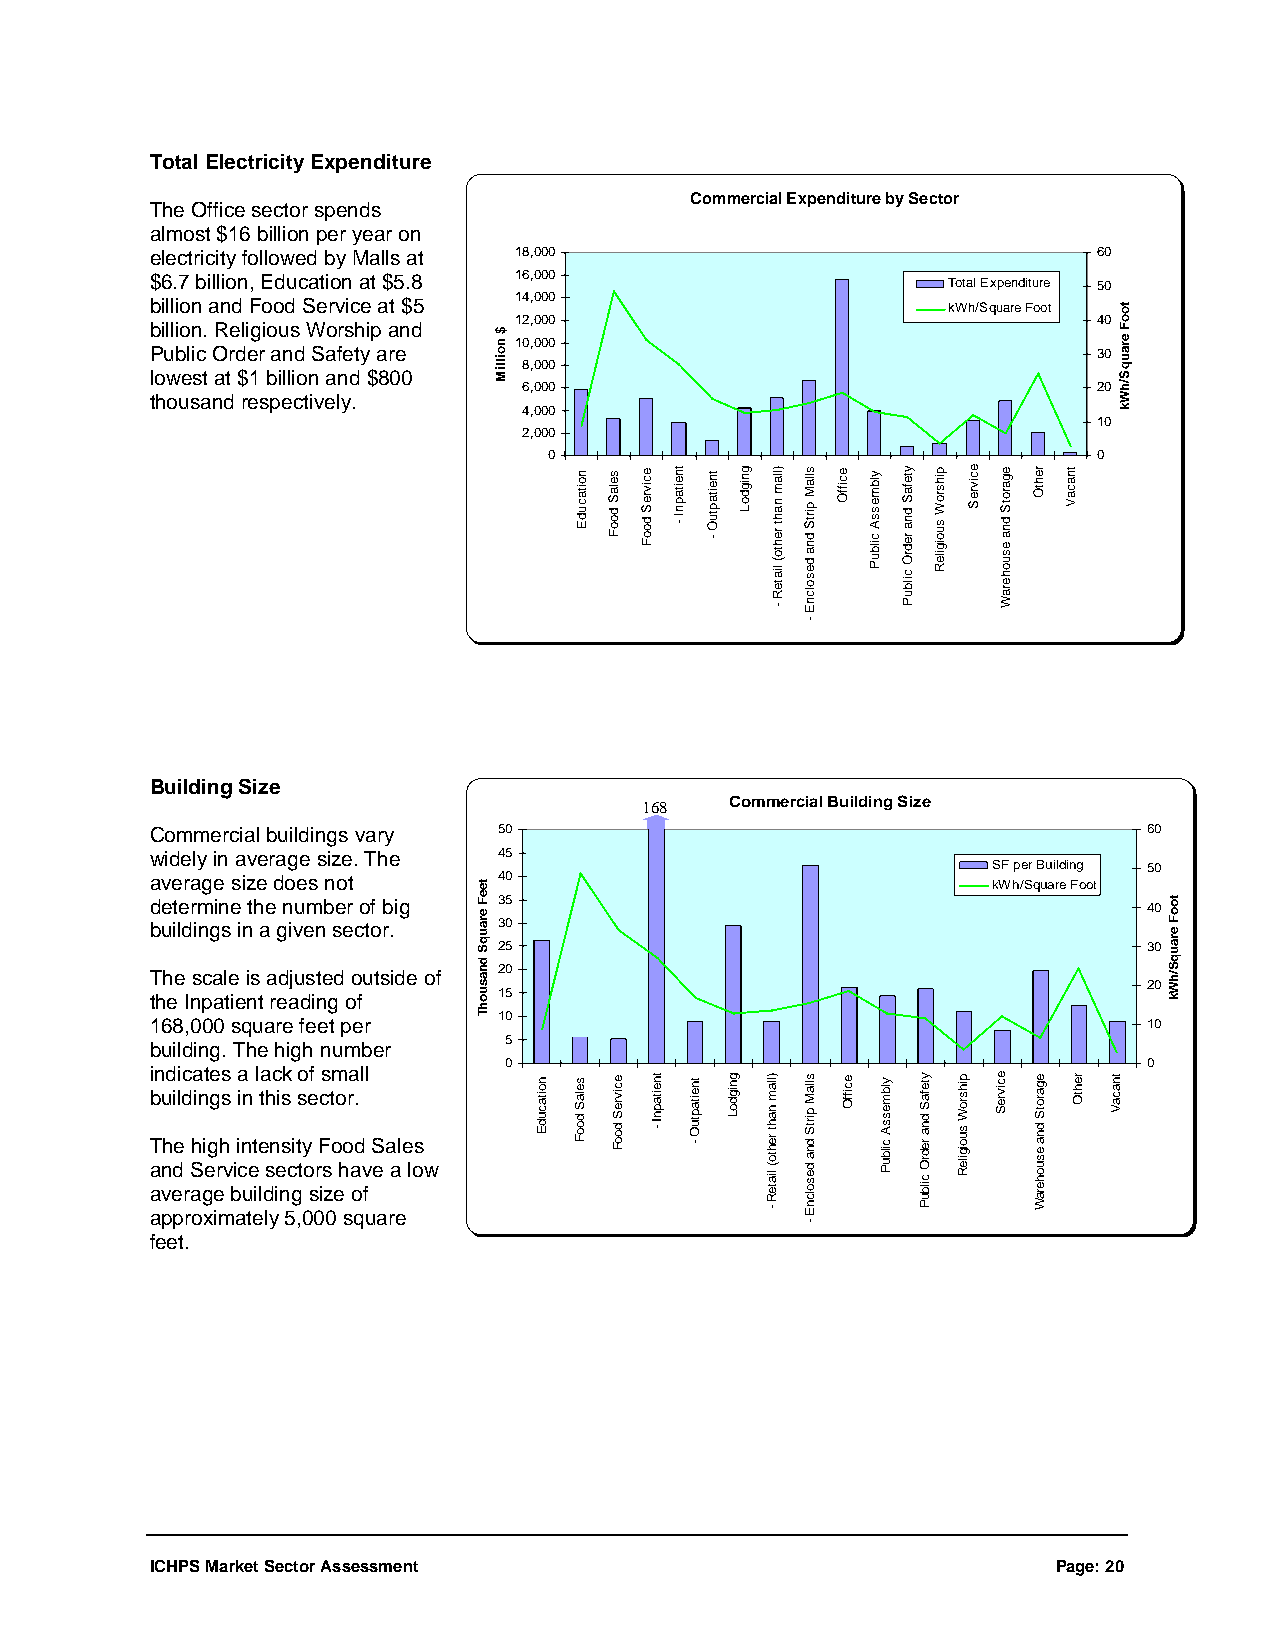
Total Electricity Expenditure
 Commercial Expenditure by Sector
 The Office sector spends
 almost $16 billion per year on
 electricity followed by Malls at 18,000                        60
 $6.7 billion, Education at $5.8 16,000               Total Expenditure 50
 billion and Food Service at $5 14,000                kWh/Square Foot
 12,000                                 40
 billion. Religious Worship and
 10,000
 Public Order and Safety are                                    30
 8,000
 lowest at $1 billion and $800
 6,000                                 20
 thousand respectively.
 4,000
 10
 2,000
 0                                    0
 Building Size
 168  Commercial Building Size
 Commercial buildings vary 50                                      60
 widely in average size. The 45
 SF per Building 50
 average size does not  40                               kWh/Square Foot
 determine the number of big 35                                    40
 buildings in a given sector. 30
 25                                         30
 The scale is adjusted outside of 20
 20
 the Inpatient reading of 15
 10
 168,000 square feet per                                           10
 5
 building. The high number
 0                                          0
 indicates a lack of small
 buildings in this sector.
 The high intensity Food Sales
 and Service sectors have a low
 average building size of
 approximately 5,000 square
 feet.
 ICHPS Market Sector Assessment                              Page: 20
 teeF
 erauqS
 dnasuohT
 $
 noilliM
 noitacudE
 noitacudE
 selaS
 dooF
 selaS
 dooF
 ecivreS
 dooF
 ecivreS
 dooF
 tneitapnI
 -
 tneitapnI
 -
 tneitaptuO
 -
 tneitaptuO
 -
 gnigdoL
 gnigdoL )llam
 naht
 rehto(
 liateR
 -
 )llam
 naht
 rehto(
 liateR
 -
 sllaM
 pirtS
 dna
 desolcnE
 -
 sllaM
 pirtS
 dna
 desolcnE
 -
 eciffO
 eciffO
 ylbmessA
 cilbuP
 ylbmessA
 cilbuP
 ytefaS
 dna
 redrO
 cilbuP
 ytefaS
 dna
 redrO
 cilbuP
 pihsroW
 suoigileR
 pihsroW
 suoigileR
 ecivreS egarotS
 dna
 esuoheraW
 ecivreS
 rehtO
 egarotS
 dna
 esuoheraW
 tnacaV
 rehtO tnacaV
 tooF
 erauqS/hWk
 tooF
 erauqS/hWk